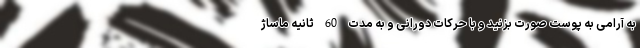
به آرامی به پوست صورت بزنید و با حرکات دورانی و به مدت 60 ثانیه ماساژ